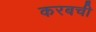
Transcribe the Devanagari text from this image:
करबची